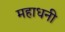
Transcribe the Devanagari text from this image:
महाधनी